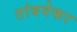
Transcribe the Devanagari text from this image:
तांबवेकर